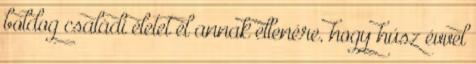
boldog családi életet él annak ellenére, hogy húsz évvel